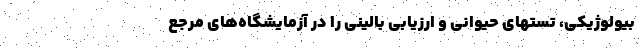
بیولوژیکی، تستهای حیوانی و ارزیابی بالینی را در آزمایشگاه­های مرجع